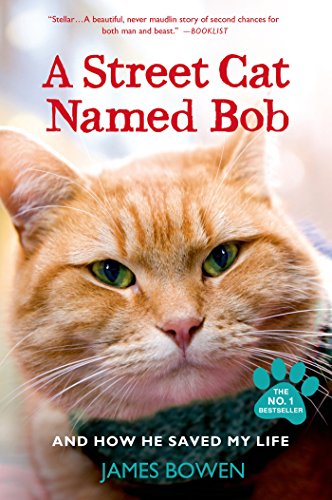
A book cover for A Street Cat Named Bob: And How He Saved My Life; James Bowen; Crafts, Hobbies & Home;